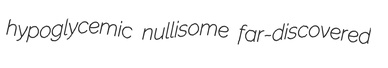
hypoglycemic nullisome far-discovered